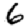
Digit: 6